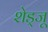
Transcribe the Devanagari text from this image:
शेड्जू